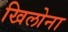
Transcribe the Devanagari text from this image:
खिलोना